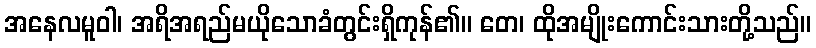
အနေလမူဝါ၊ အရိအရည်မယိုသောခံတွင်းရှိကုန်၏။ တေ၊ ထိုအမျိုးကောင်းသားတို့သည်။